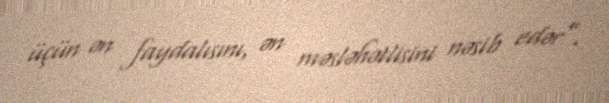
üçün ən faydalısını, ən məsləhətlisini nəsib edər”.